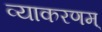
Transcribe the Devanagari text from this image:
व्याकरणम्